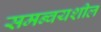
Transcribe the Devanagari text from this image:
समन्वयशील